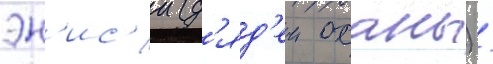
эн'ис'и (д'яд'еи оханы) /